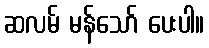
ဆလမ် မန်သော် ပေးပါ။